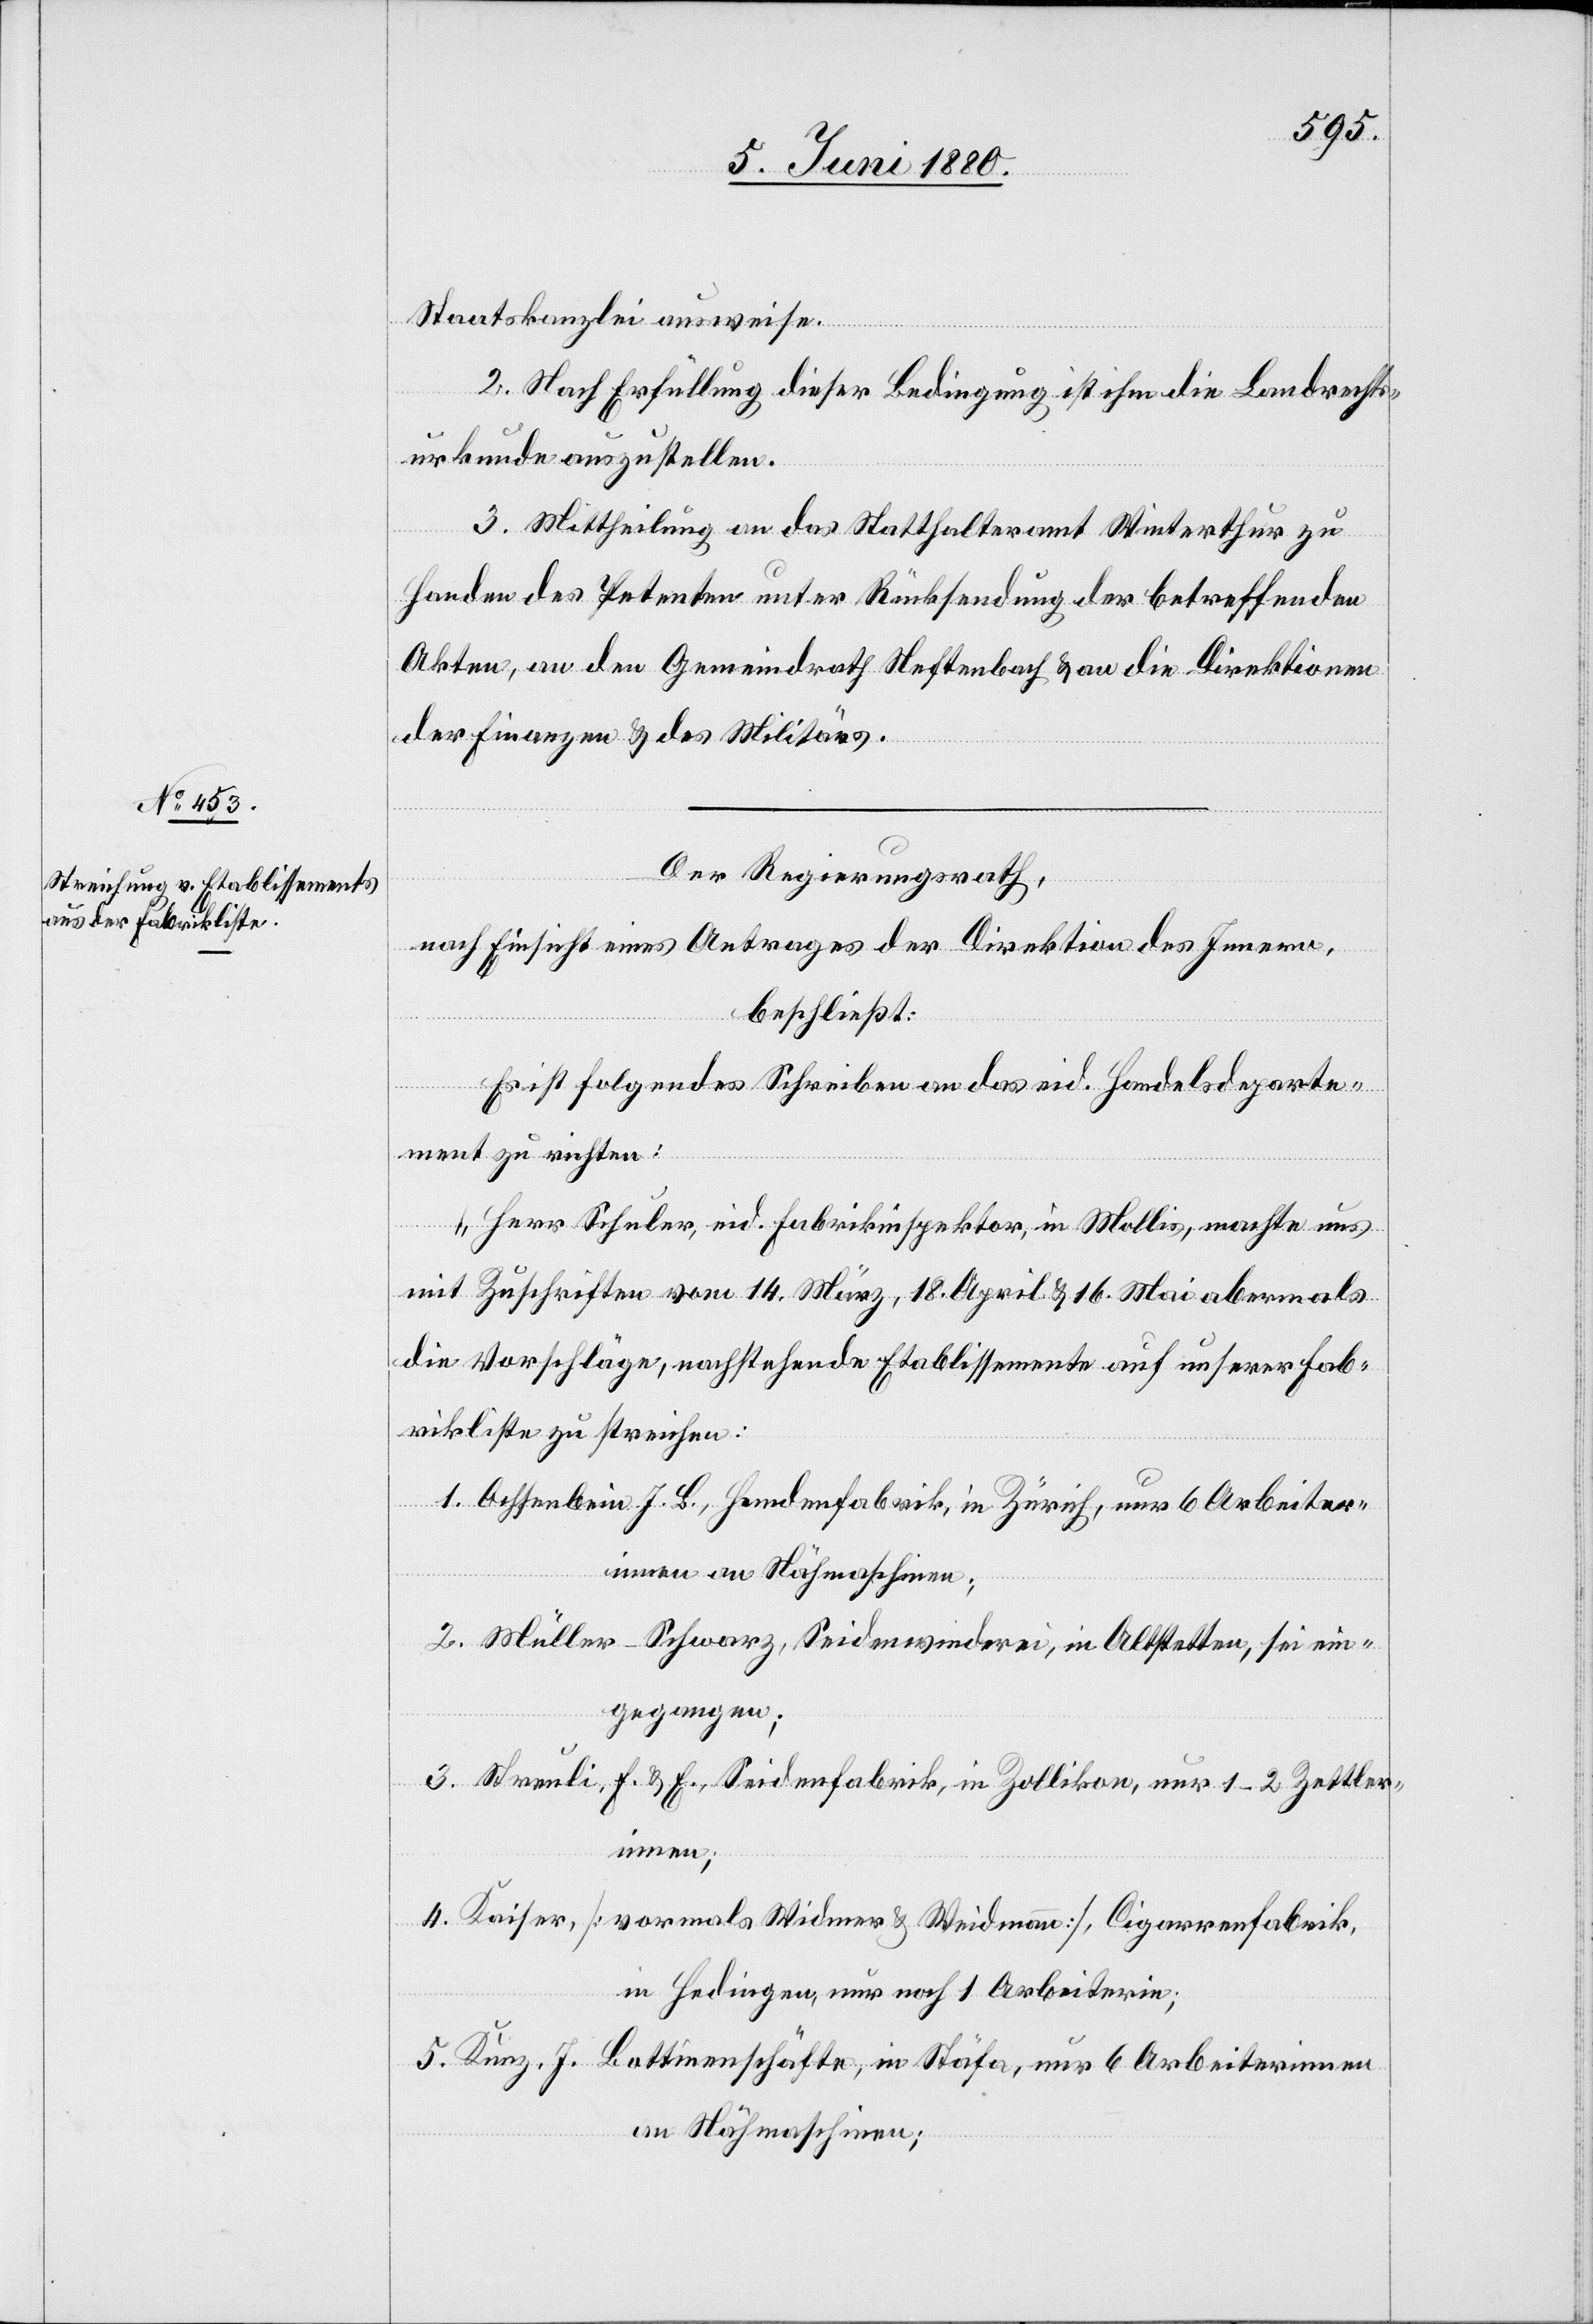
Staatskanzlei ausweise.
2. Nach Erfüllung dieser Bedingung ist ihm die Landrechts¬
urkunde auszustellen.
3. Mittheilung an das Statthalteramt Winterthur zu
Handen des Petenten unter Rücksendung der betreffenden
Akten, an den Gemeindrath Neftenbach & an die Direktionen
der Finanzen & des Militärs.
Der Regierungsrath,
nach Einsicht eines Antrages der Direktion des Innern,
beschließt:
Es ist folgendes Schreiben an das eid. Handelsdeparte¬
ment zu richten:
„Herr Schuler, eid. Fabrikinspektor, in Mollis, machte uns
mit Zuschriften vom 14. März, 18. April & 16. Mai abermals
die Vorschläge, nachstehende Etablissemente auf unserer Fab¬
rikliste zu streichen:
1. Ochsenbein, J. B., Hemdenfabrik, in Zürich, nur 6 Arbeiter¬
innen an Nähmaschinen;
2. Müller-Schwarz, Seidenwinderei, in Altstetten, sei ein¬
gegangen;
3. Streuli, F. & E, Seidenfabrik, in Zollikon, nur 1–2 Zettler¬
innen;
4. Kaiser, [vormals Widmer & Weidmann], Cigarrenfabrik,
in Hedingen, nur noch 1 Arbeiterin;
5. Kunz, J. Bottinenschäfte, in Stäfa, nur 6 Arbeiterinnen
an Nähmaschinen;